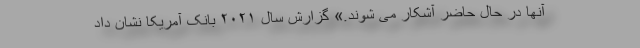
آنها در حال حاضر آشکار می شوند.» گزارش سال ۲۰۲۱ بانک آمریکا نشان داد